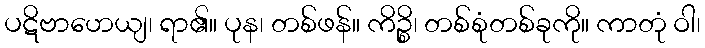
ပဋိဗာဟေယျ၊ ရာ၏။ ပုန၊ တစ်ဖန်။ ကိဉ္စိ၊ တစ်စုံတစ်ခုကို။ ကာတုံ ဝါ၊